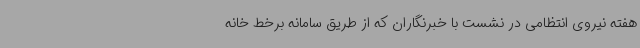
هفته نیروی انتظامی در نشست با خبرنگاران که از طریق سامانه برخط خانه